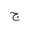
Letter: _gim